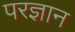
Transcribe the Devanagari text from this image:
परज्ञान